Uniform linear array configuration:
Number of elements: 24
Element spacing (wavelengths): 0.25
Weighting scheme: blackman
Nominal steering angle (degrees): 30
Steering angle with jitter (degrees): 30.341
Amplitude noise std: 0.05
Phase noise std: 0.05

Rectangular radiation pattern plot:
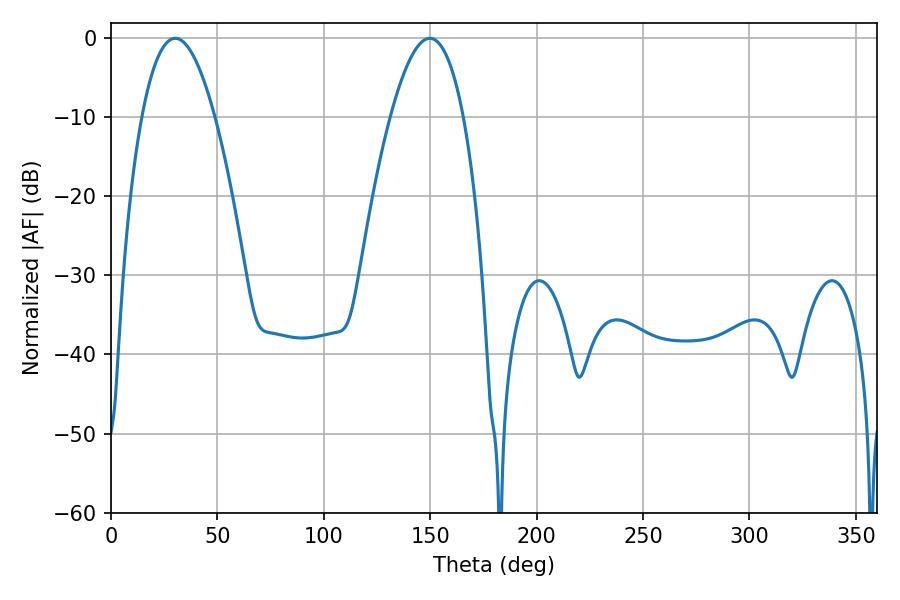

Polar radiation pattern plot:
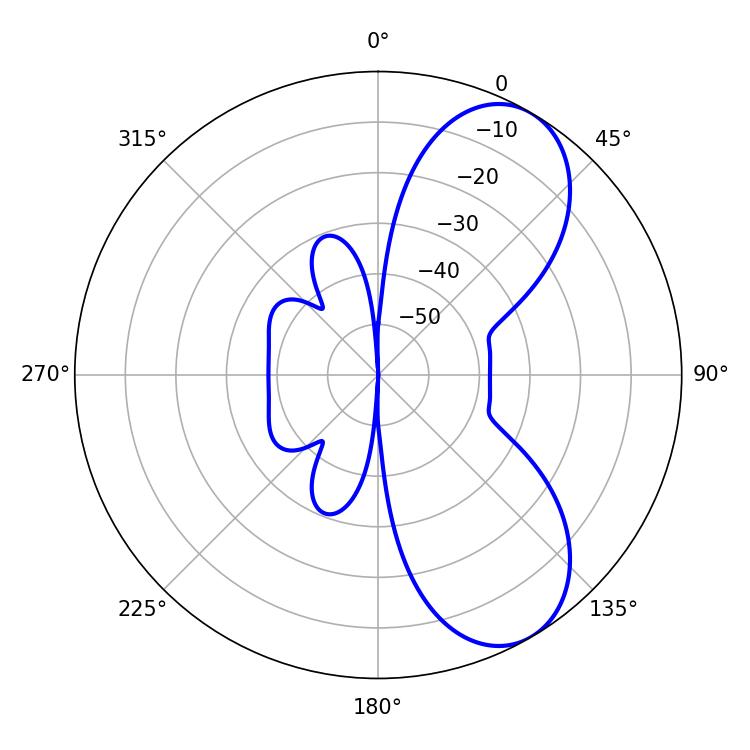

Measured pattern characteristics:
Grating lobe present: FALSE
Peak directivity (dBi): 7.445
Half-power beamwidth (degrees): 18.9
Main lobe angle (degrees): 30.24